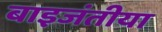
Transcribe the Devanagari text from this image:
बाइजंतीया